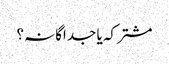
مشترکہ یا جداگانہ؟